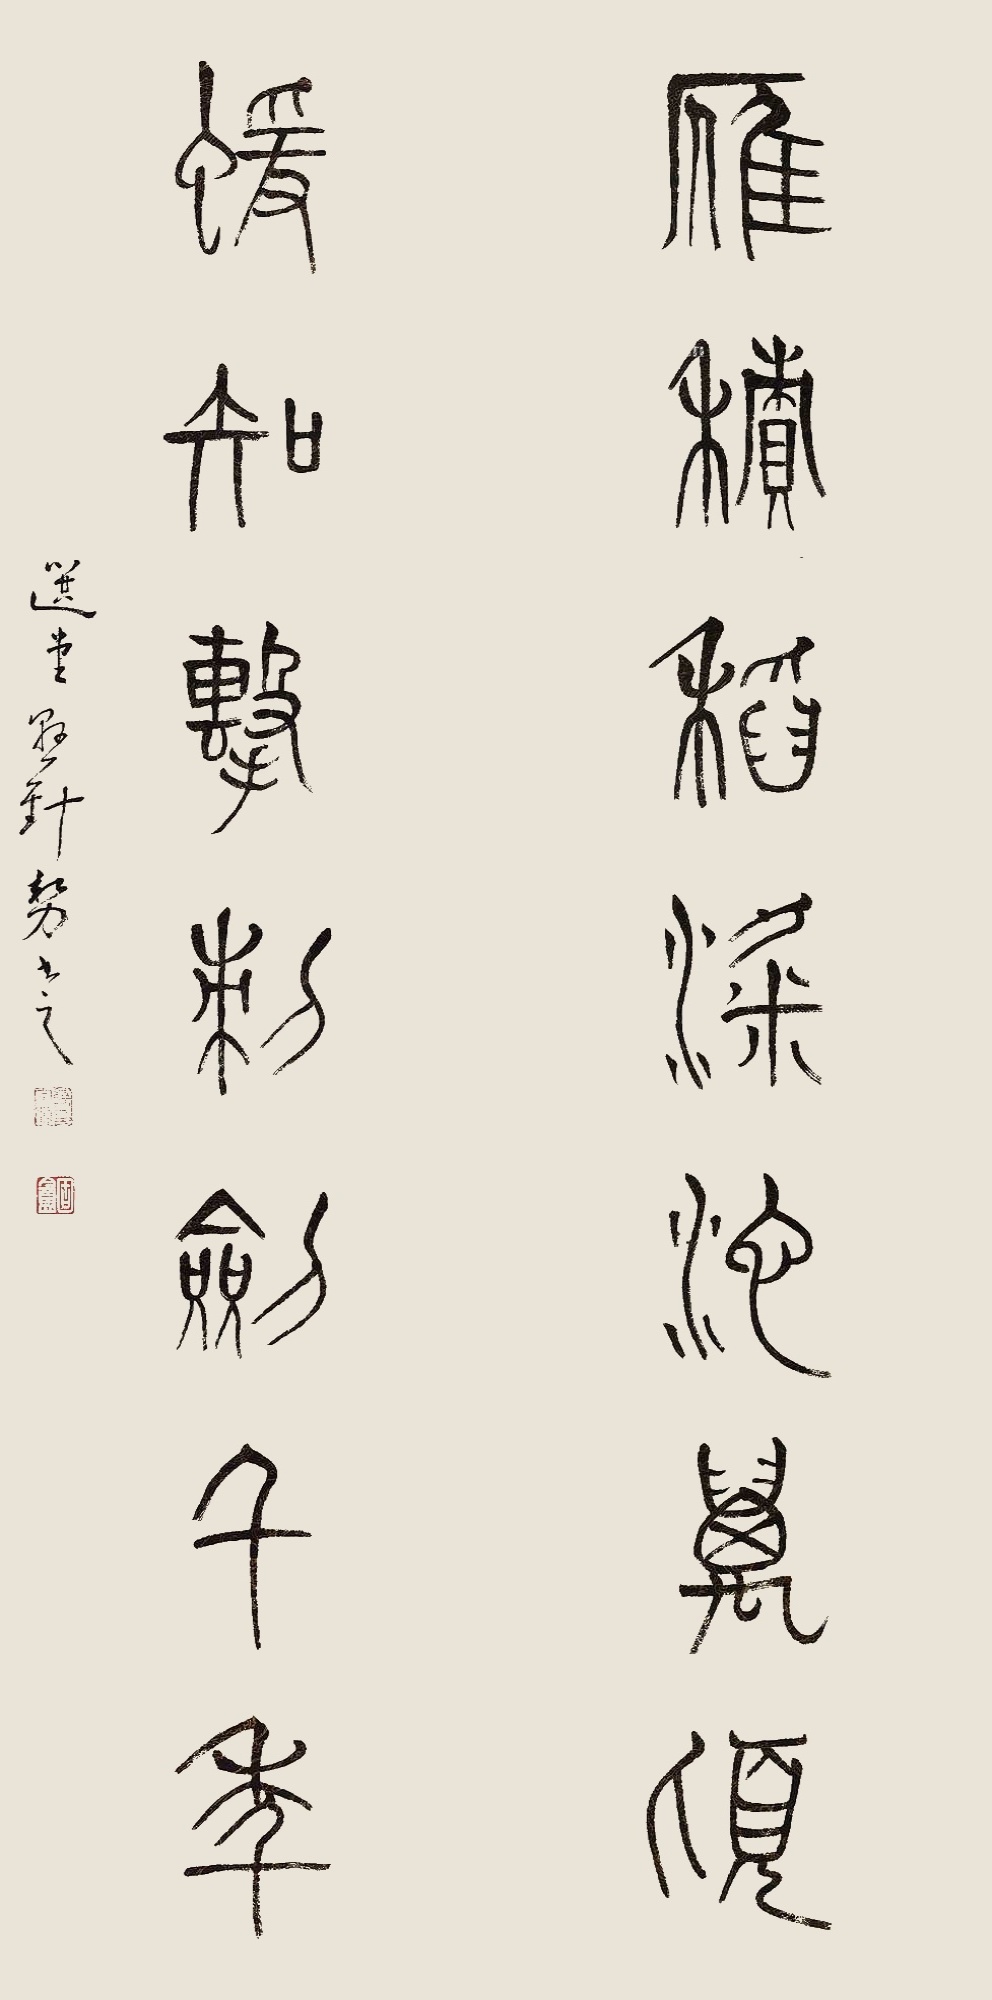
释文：雁积稻粱池万顷，蝯知击刺剑千年。题 识 选堂悬针势书之。